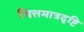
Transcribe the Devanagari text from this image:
चित्तमात्रदृष्टि